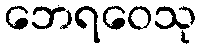
ဘေရဝေသု